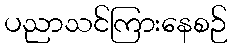
ပညာသင်ကြားနေစဉ်